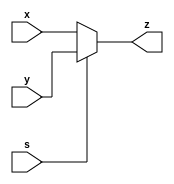
module mux2_to_1_32bit(x,y,s,z); // initialize the mux module
input  [31:0] x,y; // inputs to the mux
input s; // select signal
output reg [31:0] z; // output of the mux

always @(x or y or s) begin
  if(s == 1'b0) begin
    z = x;
  end

  else if(s == 1'b1) begin
    z = y;
  end

  else begin
    z = 32'bz; // if unknown or high impedance then set to high impedance
  end
end
endmodule